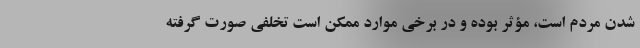
شدن مردم است، مؤثر بوده و در برخی موارد ممکن است تخلفی صورت گرفته